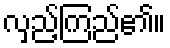
လှည့်ကြည်၏။